Vaccine operations Central Provinces 1886-1899 - 1886-1899
Year: 1886
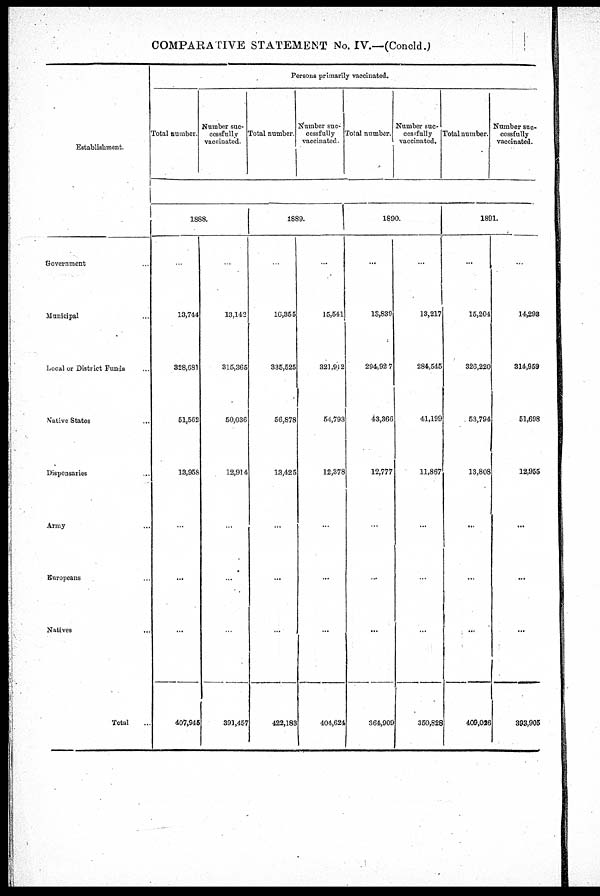
COMPARATIVE STATEMENT No. IV.—(Concld.)
Establishment.
Government...
Municipal...
Local or District Funds...
Native
States...
...
Dispensaries... ...
Army...
Europeans...
Natives...
...
Total...
Persons primarily vaccinated.
Total number.
Number suc-
cessfully
vaccinated.
Total number.
Number suc-
cessfully
vaccinated.
Total number.
Number suc-
cessfully
vaccinated.
Total number.
Number suc-
cessfully
vaccinated.
1888.
...
13,744
328,681
51,562
13,958
...
...
...
407,945
...
13,142
315,365
50,036
12,914
...
...
...
391,457
1889.
...
16,355
335,525
56,878
13,425
...
...
...
422,183
...
15,541
321,912
54,793
12,378
...
...
...
404,624
1890.
...
13,839
294,927
43,366
12,777
...
...
...
364,909
...
13,217
284,545
41,199
11,867
...
...
...
350,828
1891.
...
15,204
326,220
53,794
13,808
...
...
...
409,026
...
14,293
814,959
51,698
12,955
...
...
...
393,905